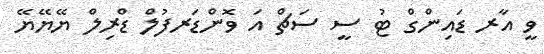
ވީ އާރ ޑައިންގް ޓު ސީ ސަޗް އަ ވޮންޑަރފުލް ޑްރިލް ޔޭޔޭޔޭ